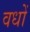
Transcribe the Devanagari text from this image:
वधों